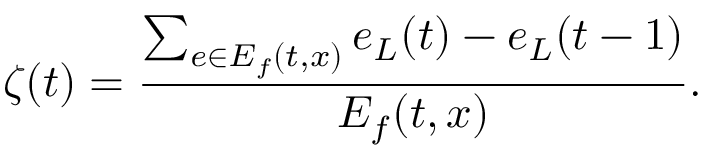
\zeta ( t ) = \frac { \sum _ { e \in E _ { f } ( t , x ) } e _ { L } ( t ) - e _ { L } ( t - 1 ) } { E _ { f } ( t , x ) } .